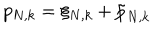
LaTeX: p _ { N , k } = \xi _ { N , k } + \tilde { p } _ { N , k }